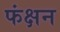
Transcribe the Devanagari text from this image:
फंक्षन